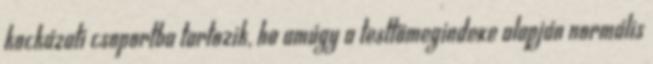
kockázati csoportba tartozik, ha amúgy a testtömegindexe alapján normális